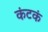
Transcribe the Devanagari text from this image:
कंटकं